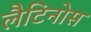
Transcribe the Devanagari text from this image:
लैटिनोस